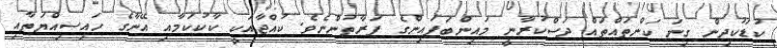
ކުޑަކުދިން ގިނަ ކަންތައްތައް ދަސްކުރާނީ މައިންބަފައިންގެ ފަރާތުންނެވެ. ކުއްޖާއަކީ ކާކުކަމާއި އޭނާގެ ހައިސިއްޔަތާއި